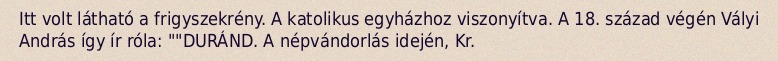
Itt volt látható a frigyszekrény. A katolikus egyházhoz viszonyítva. A 18. század végén Vályi András így ír róla: ""DURÁND. A népvándorlás idején, Kr.